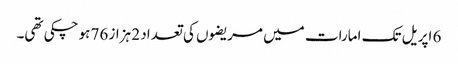
6 اپریل تک امارات میں مریضوں کی تعداد 2 ہزاز 76 ہوچکی تھی۔